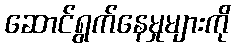
ဆောင်ရွက်နေမှုများကို